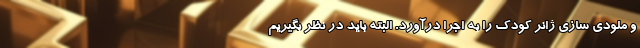
و ملودی سازی ژانر کودک را به اجرا درآورد. البته باید در نظر بگیریم